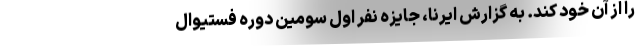
را از آن خود کند. به گزارش ایرنا، جایزه نفر اول سومین دوره فستیوال